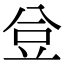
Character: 𧯚